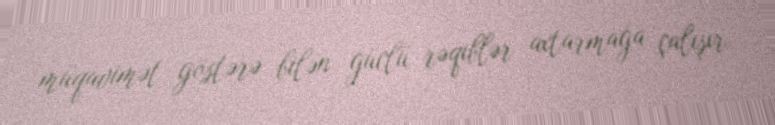
müqavimət göstərə bilən güclü rəqiblər axtarmağa çalışır.